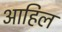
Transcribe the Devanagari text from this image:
आहिल